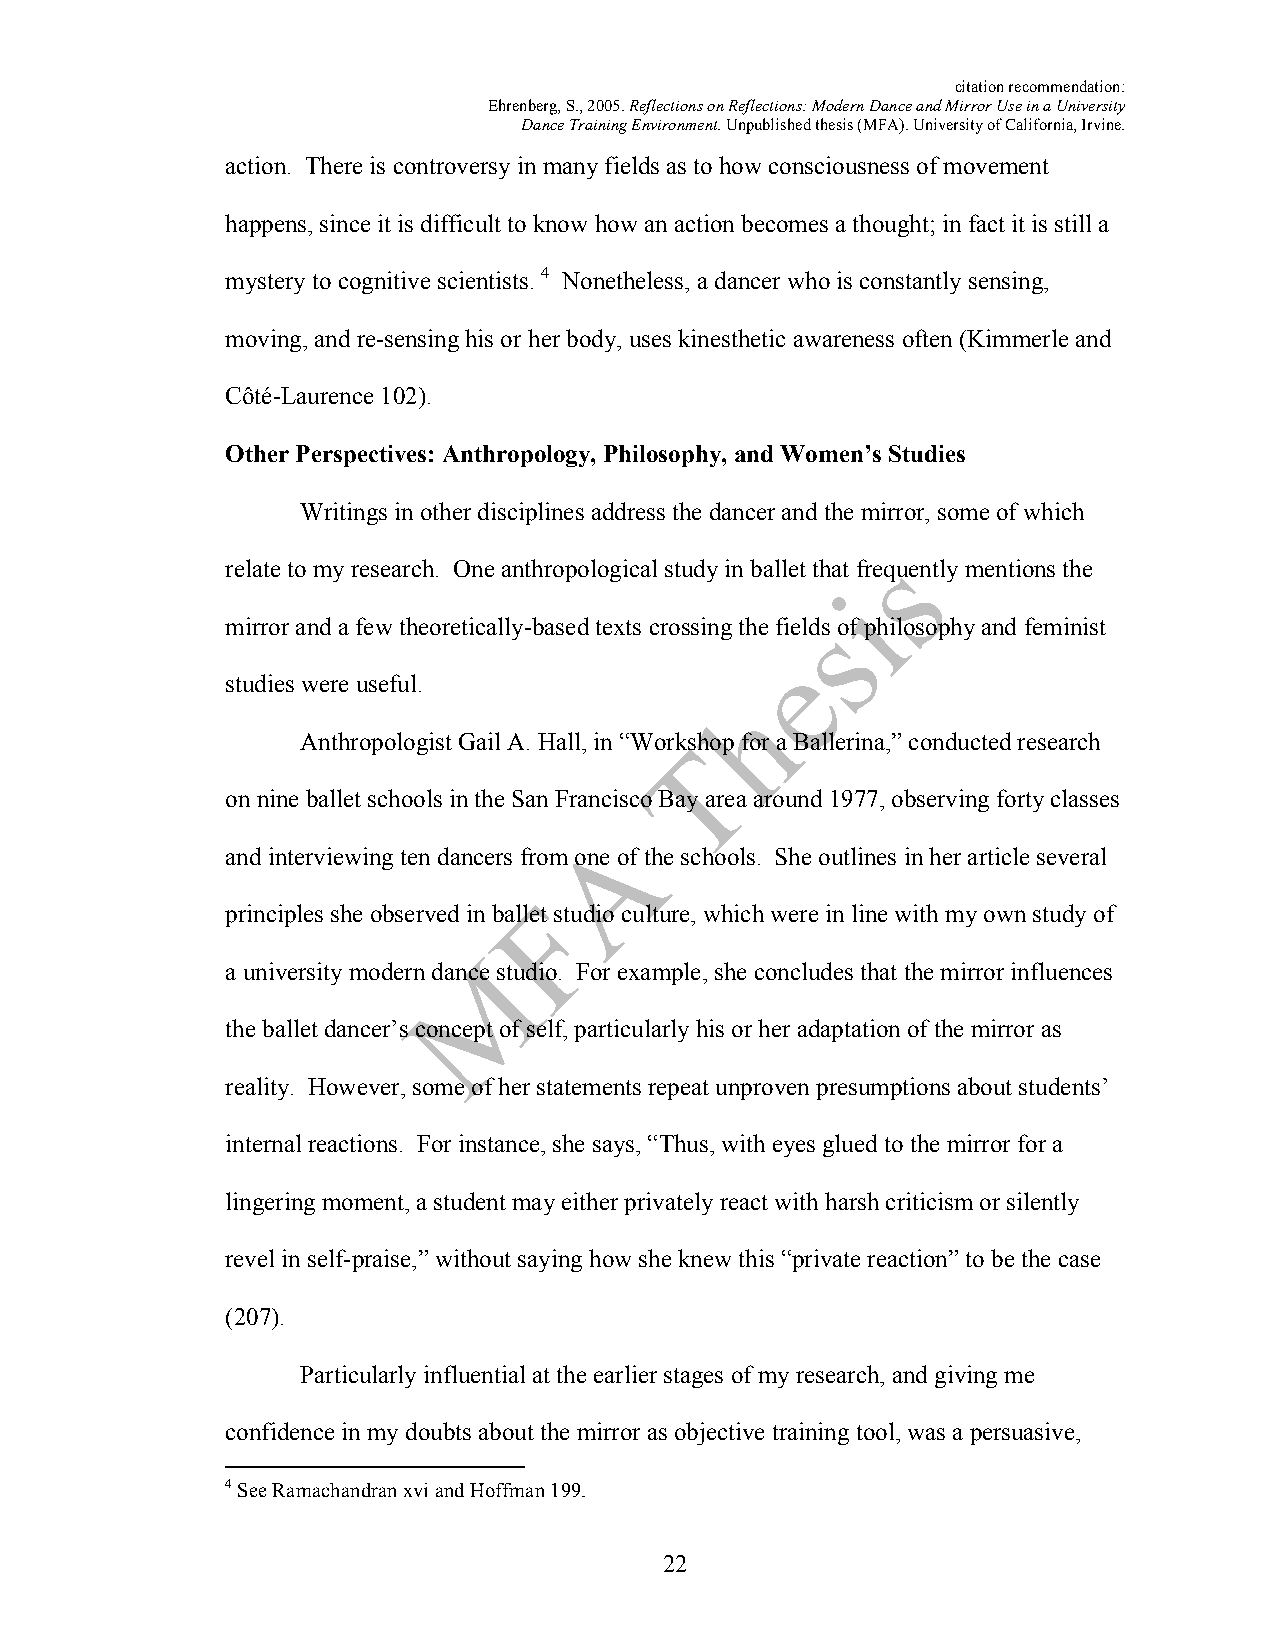
citation recommendation:
 Ehrenberg, S., 2005. Reflections on Reflections: Modern Dance and Mirror Use in a University
 Dance Training Environment. Unpublished thesis (MFA). University of California, Irvine.
 action. There is controversy in many fields as to how consciousness of movement
 happens, since it is difficult to know how an action becomes a thought; in fact it is still a
 mystery to cognitive scientists. 4 Nonetheless, a dancer who is constantly sensing,
 moving, and re-sensing his or her body, uses kinesthetic awareness often (Kimmerle and
 Côté-Laurence 102).
 Other Perspectives: Anthropology, Philosophy, and Women’s Studies
 Writings in other disciplines address the dancer and the mirror, some of which
 relate to my research. One anthropological study in ballet that frequently mentions the
 mirror and a few theoretically-based texts crossing the fields of philosophy and feminist
 studies were useful.
 Anthropologist Gail A. Hall, in “Workshop for a Ballerina,” conducted research
 on nine ballet schools in the San Francisco Bay area around 1977, observing forty classes
 and interviewing ten dancers from one of the schools. She outlines in her article several
 principles she observed in ballet studio culture, which were in line with my own study of
 a university modern dance studio. For example, she concludes that the mirror influences
 the ballet dancer’s concept of self, particularly his or her adaptation of the mirror as
 reality. However, some of her statements repeat unproven presumptions about students’
 internal reactions. For instance, she says, “Thus, with eyes glued to the mirror for a
 lingering moment, a student may either privately react with harsh criticism or silently
 revel in self-praise,” without saying how she knew this “private reaction” to be the case
 (207).
 Particularly influential at the earlier stages of my research, and giving me
 confidence in my doubts about the mirror as objective training tool, was a persuasive,
 4 See Ramachandran xvi and Hoffman 199.
 22